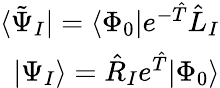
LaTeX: \begin{array}{r}{\langle\tilde{\Psi}_{I}|=\langle\Phi_{0}|e^{-\hat{T}}\hat{L}_{I}}\\ {|\Psi_{I}\rangle=\hat{R}_{I}e^{\hat{T}}|\Phi_{0}\rangle}\end{array}